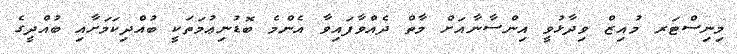
މިނިސްޓަރ މުއިޒް ވިދާޅުވީ އިންސާނާއަށް މާތް ދެއްވާފައިވާ އެންމެ ބޮޑުނިޢުމަތަކީ ބުއްދިކަމަށާއި ބުއްދީގެ